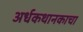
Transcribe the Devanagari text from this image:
अर्धकथानकाचा